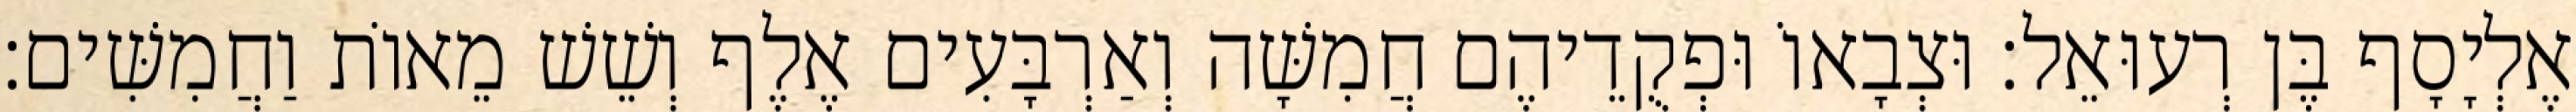
אֶלְיָסָף בֶּן רְעוּאֵל׃ וּצְבָאוֹ וּפְקֻדֵיהֶם חֲמִשָּׁה וְאַרְבָּעִים אֶלֶף וְשֵׁשׁ מֵאוֹת וַחֲמִשִּׁים׃